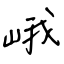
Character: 峨